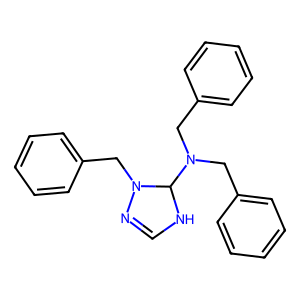
SMILES: C1=NN(Cc2ccccc2)C(N(Cc2ccccc2)Cc2ccccc2)N1
Inhibits HIV replication: No